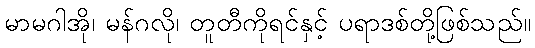
မာမဂါအို၊ မန်ဂလို၊ တူတီကိုရင်နှင့် ပရာဒစ်တို့ဖြစ်သည်။